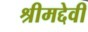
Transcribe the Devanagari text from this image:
श्रीमद्देवी